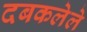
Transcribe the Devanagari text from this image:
दबकलेले